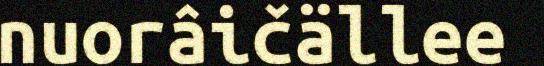
nuorâičällee